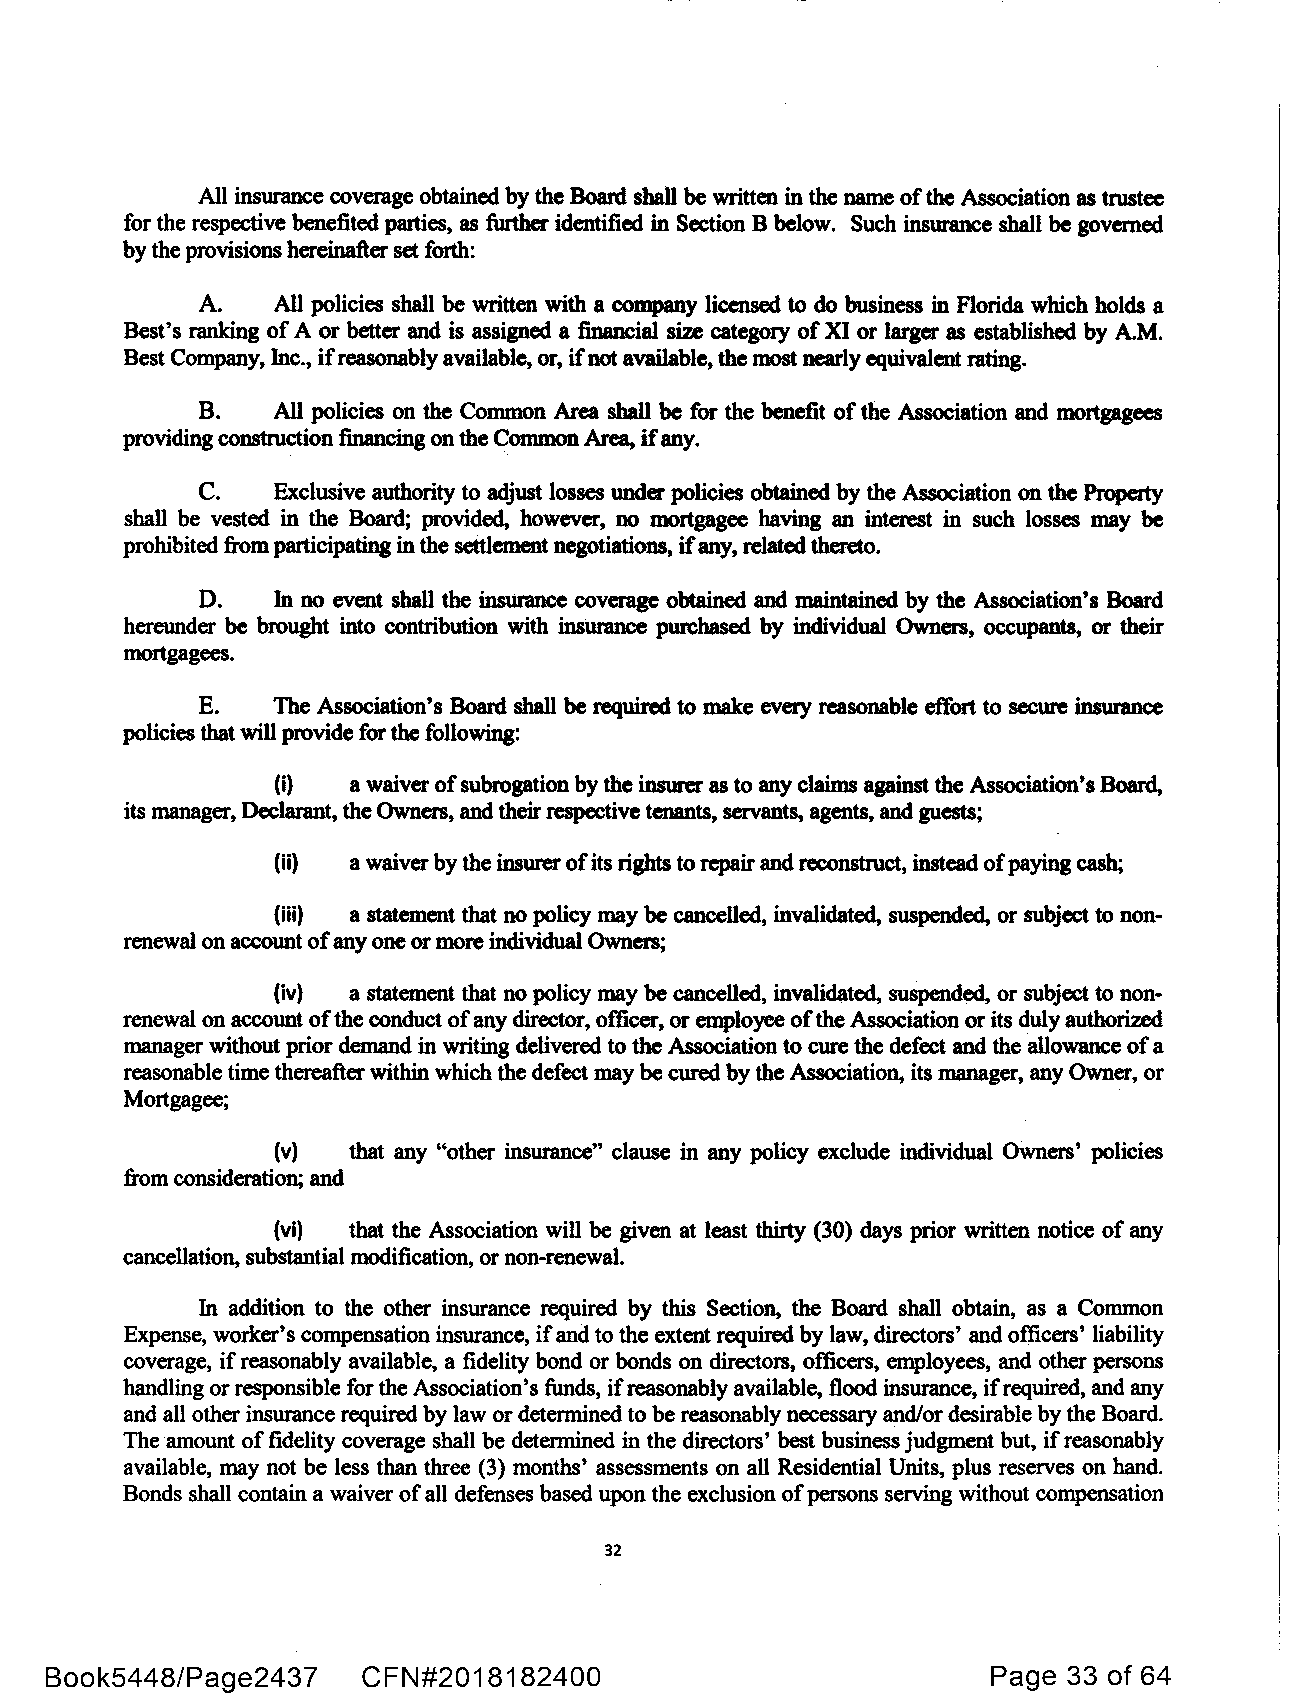
All insurance coverage obtained by the Board shall be written in the name of the Association as trustee
 for the respective benefited parties, as further identified in Section B below. Such insurance shall be governed
 by the provisions hereinafter set forth:
 A.   All policies shall be written with a company licensed to do business in Florida which holds a
 Best's ranking of A or better and is assigned a financial siu category of XI or larger as established by A.M.
 Best Company, Inc., ifreasonably available, or, ifnot available, the most nearly equivalent rating.
 B.   All policies on the Common Area shall be for the benefit of the Association and mortgagees
 providing construction financing on the Common Area, ifany.
 C.   Exclusive authority to adjust losses under policies obtained by the Association on the Property
 shall be vested in the Board; provided, however, no mortgagee having an interest in such losses may be
 prohibited from participating in the settlement negotiations, ifany, related thereto.
 D.   In no event shall the insurance coverage obtained and maintained by the Association's Board
 hereunder be brought into contribution with insurance purchased by individual Owners, occupants, or their
 mortgagees.
 E.   The Association's Board shall be required to make every reasonable effort to secure insurance
 policies that will provide for the following:
 (i)  a waiver of subrogation by the insurer as to any claims against the Association's Board,
 its manager, Declarant, the Owners, and their respective tenants, servants, agents, and guests;
 (ii) a waiver by the insurer of its rights to repair and reconstruct, instead ofpaying cash;
 (iii) a statement that no policy may be cancelled, invalidated, suspended, or subject to non-
 renewal on account ofany one or more individual Owners;
 (iv) a statement that no policy may be cancelled, invalidated, suspended, or subject to non-
 renewal on account ofthe conduct of any director, officer, or employee ofthe Association or its duly authorized
 manager without prior demand in writing delivered to the Association to cure the defect and the allowance of a
 reasonable time thereafter within which the defect may be cured by the Association, its manager, any Owner, or
 Mortgagee;
 (v)  that any "other insurance" clause in any policy exclude individual Owners' policies
 from consideration; and
 (vi) that the Association will be given at least thirty (30) days prior written notice of any
 cancellation, substantial modification, or non-renewal.
 In addition to the other insurance required by this Section, the Board shall obtain, as a Common
 Expense, worker's compensation insurance, if and to the extent required by law, directors' and officers' liability
 coverage, if reasonably available, a fidelity bond or bonds on directors, officers, employees, and other persons
 handling or responsible for the Association's funds, ifreasonably available, flood insurance, ifrequired, and any
 and all other insurance required by law or determined to be reasonably necessary and/or desirable by the Board.
 The amount of fidelity coverage shall be determined in the directors' best business judgment but, if reasonably
 available, may not be less than three (3) months' assessments on all Residential Units, plus reserves on hand.
 Bonds shall contain a waiver of all defenses based upon the exclusion of persons serving without compensation
 32
 Book5448/Page2437    CFN#2018182400                            Page 33 of 64